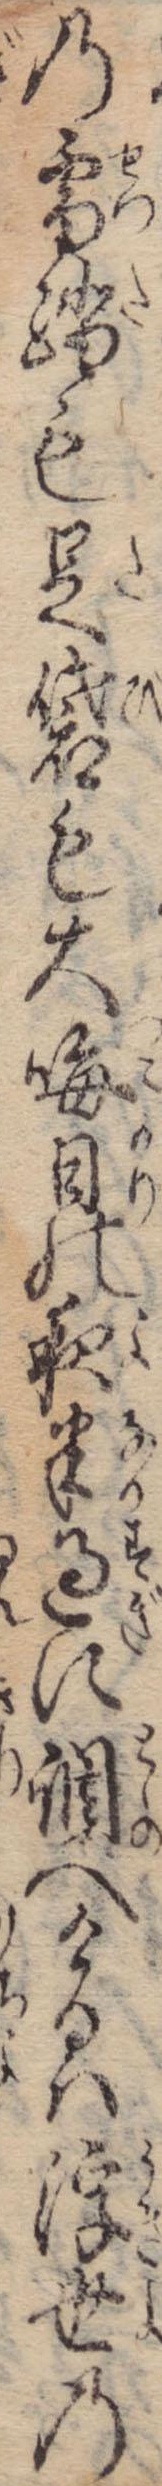
の雪踏も足袋も大晦日の夜半過に調へけるは浮世の